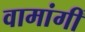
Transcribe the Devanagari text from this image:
वामांगीं